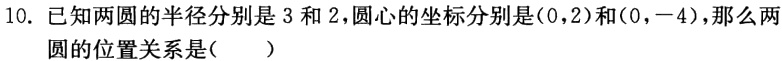
10. 已知两圆的半径分别是 3 和 2，圆心的坐标分别是\((0,2)\)和\((0,-4)\)，那么两圆的位置关系是（  ）